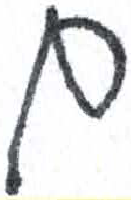
אות: ם